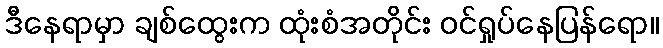
ဒီနေရာမှာ ချစ်ထွေးက ထုံးစံအတိုင်း ဝင်ရှုပ်နေပြန်ရော။